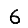
Digit: 6